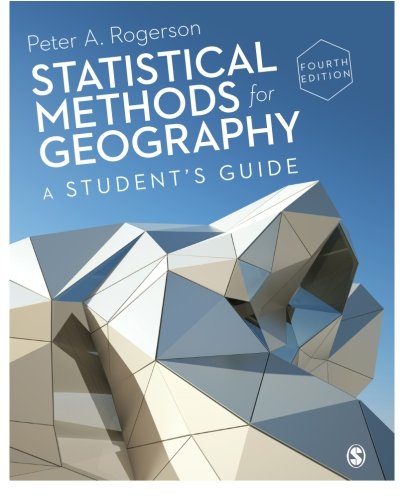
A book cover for Statistical Methods for Geography: A Student's Guide; Peter A Rogerson; Sports & Outdoors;